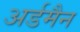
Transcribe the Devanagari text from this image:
अर्डमैन